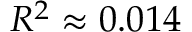
R ^ { 2 } \approx 0 . 0 1 4